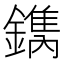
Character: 𨬺